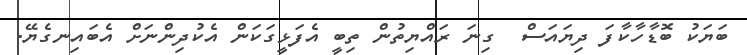
ބަޔަކު ބޮޑާހާކާފަ ދިޔައަސް  ގިނަ ރައްޔިތުން ތިބީ އެފަޅީގަކަން އެކުދިންނަށް އެބައިނގެޔޭ.